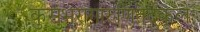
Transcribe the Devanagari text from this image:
कुसुंभरागारुणितैर्दुकूलैः